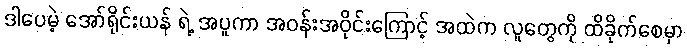
ဒါပေမဲ့ အော်ရိုင်းယန် ရဲ့ အပူကာ အဝန်းအဝိုင်းကြောင့် အထဲက လူတွေကို ထိခိုက်စေမှာ